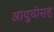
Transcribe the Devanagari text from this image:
आयुधांसह